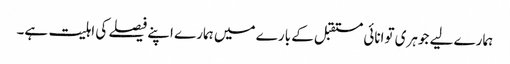
ہمارے لیے جوہری توانائی مستقبل کے بارے میں ہمارے اپنے فیصلے کی اہلیت ہے۔